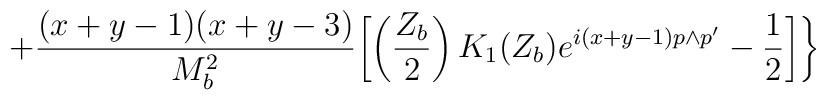
+\frac{(x+y-1)(x+y-3)}{M_{b}^{2}}\biggl[ \left(\frac{Z_{b}}{2}\right)K_{1}(Z_{b})e^{i(x+y-1)p\wedge p'}-\frac{1}{2}\biggr]\biggr\}